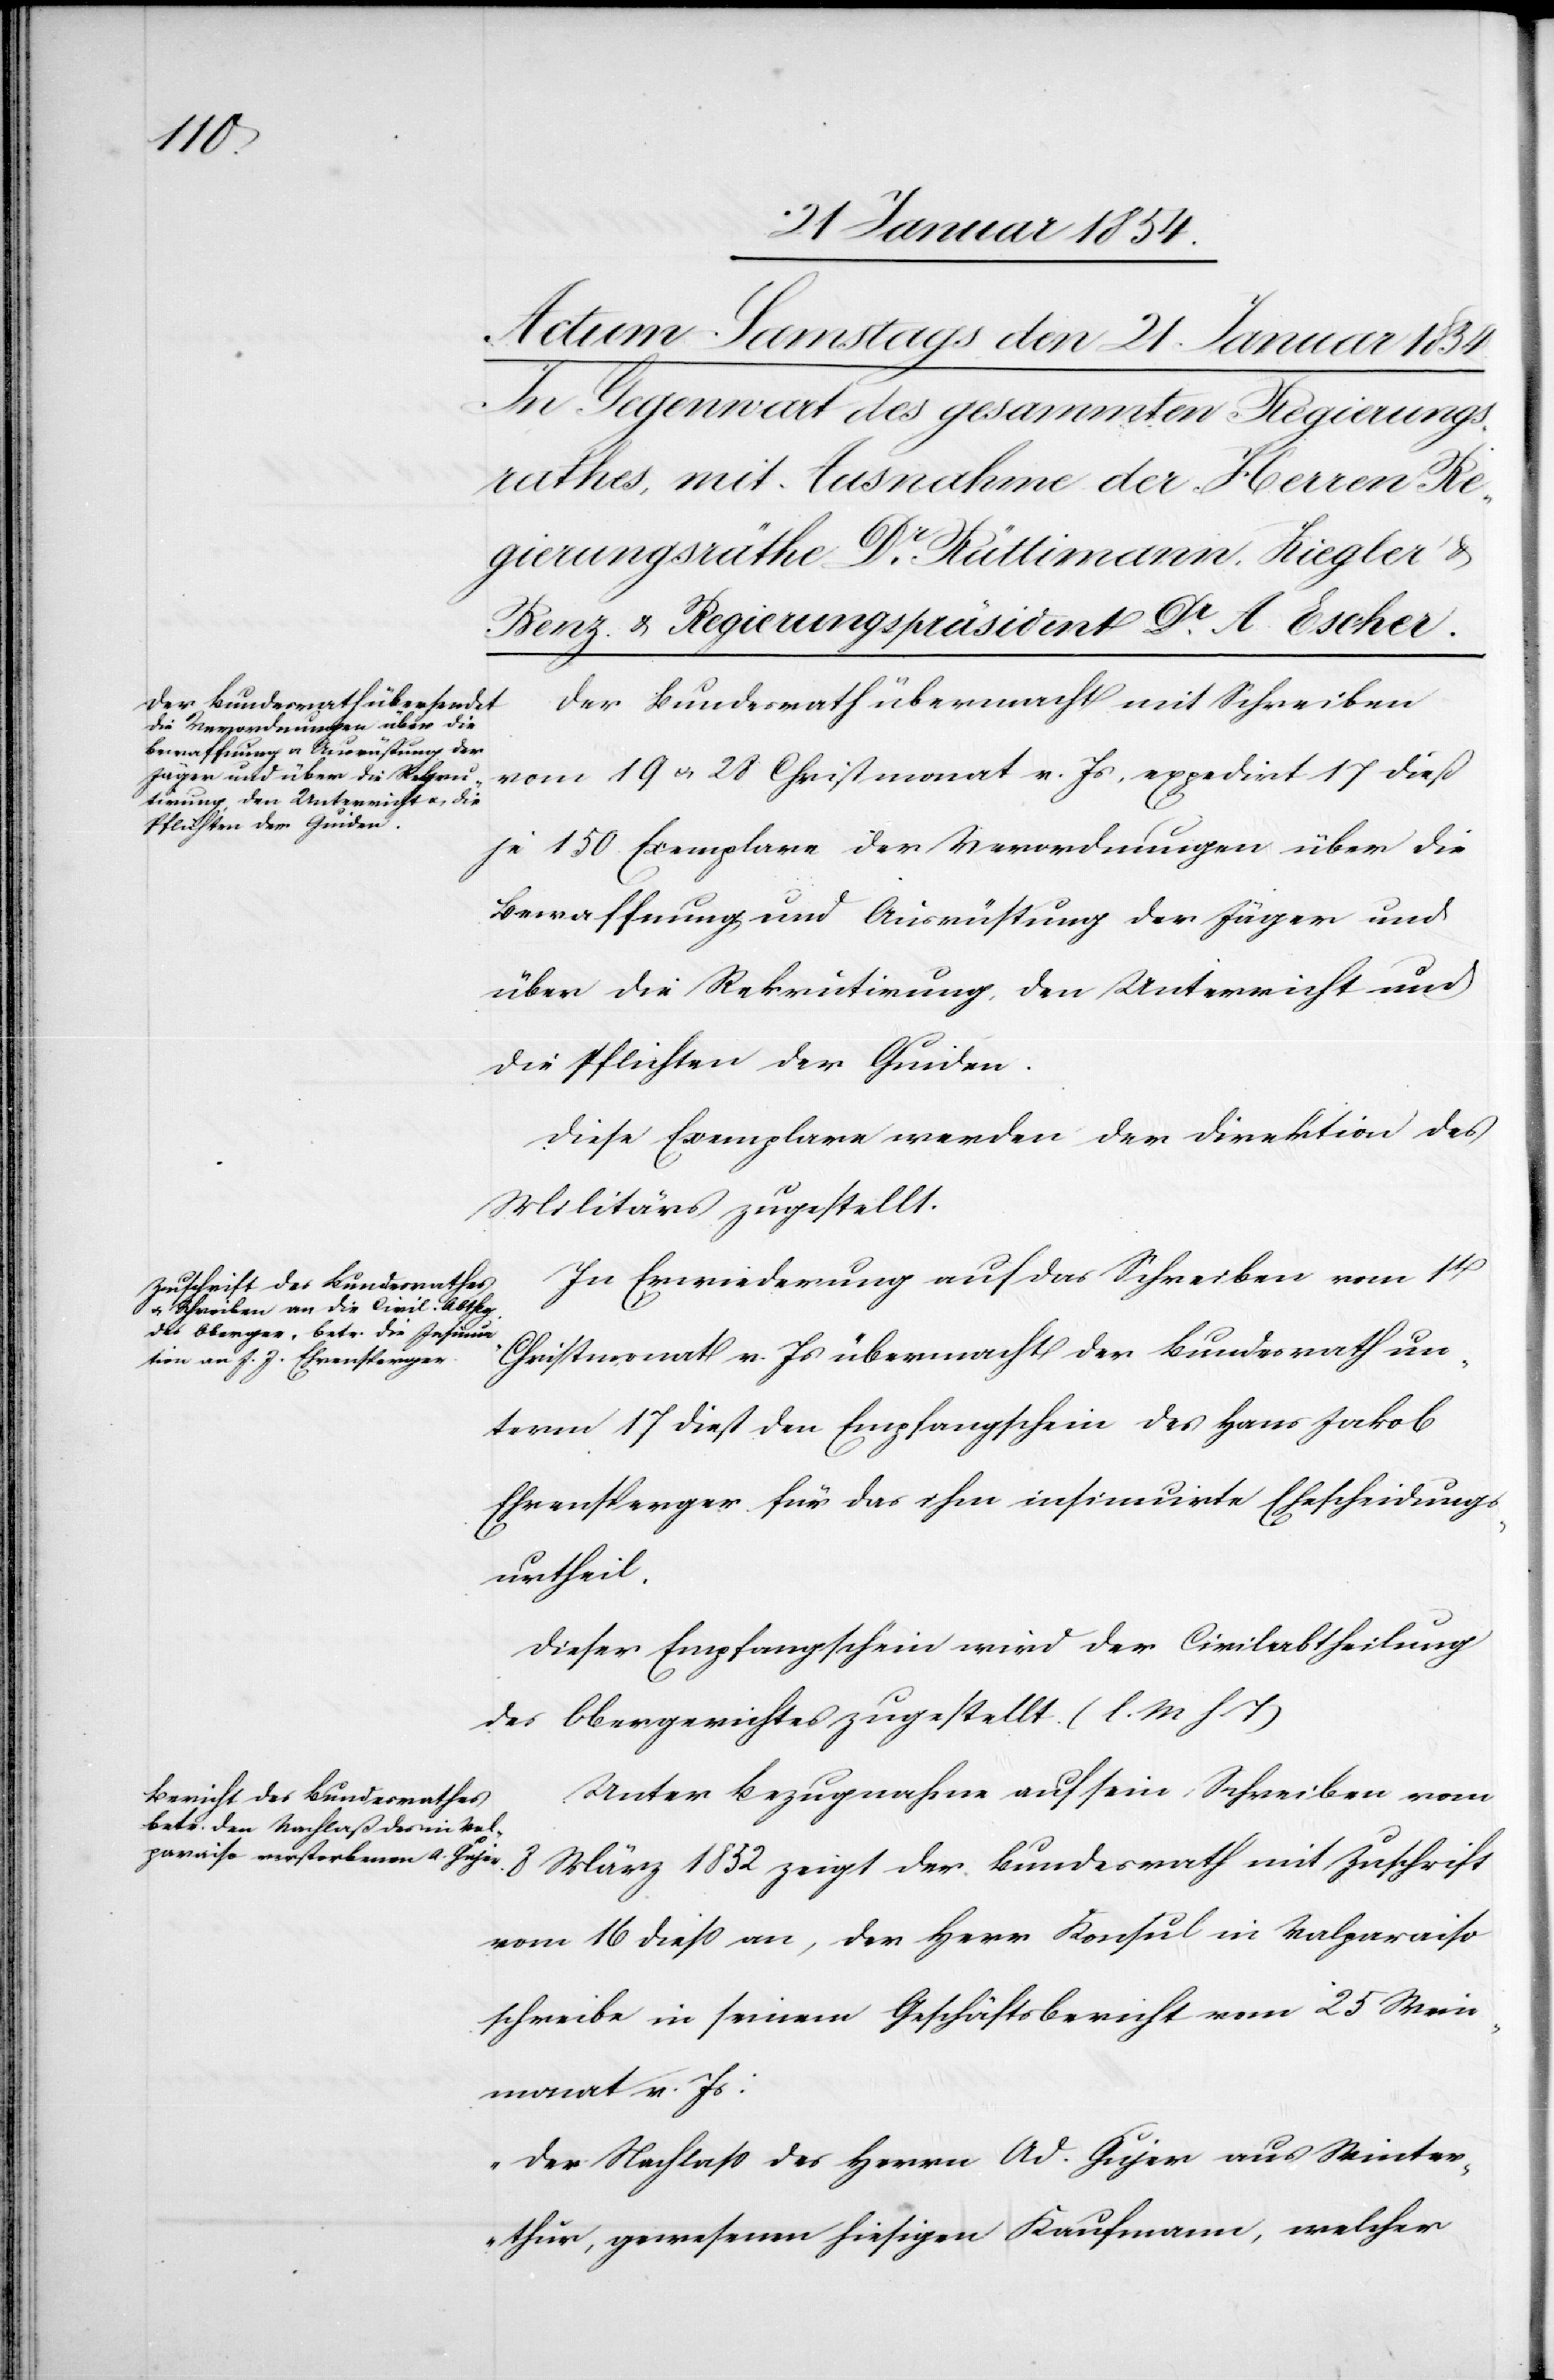
Der Bundesrath übermacht mit Schreiben
vom 19 u. 28 Christmonat v. Js. expedirt 17 dieß
je 150 Exemplare der Verordnungen über die
Bewaffnung und Ausrüstung der Jäger und
über die Rekrutirung, den Unterricht und
die Pflichten der Guiden.
Diese Exemplare werden der Direktion des
Militärs zugestellt.
In Erwiederung auf das Schreiben vom 1t
Christmonat v. Js übermacht der Bundesrath un¬
term 17 dieß den Empfangschein des Hans Jakob
Ehrensperger für das ihm insinuirte Ehescheidungs¬
urtheil.
Dieser Empfangschein wird der Civilabtheilung
des Obergerichtes zugestellt. (l. M. h. T.)
Unter Bezugnahme auf sein Schreiben vom
8 März 1852 zeigt der Bundesrath mit Zuschrift
vom 16 dieß an, der Herr Konsul in Valparaiso
schreibe in seinem Geschäftsbericht vom 25 Wein¬
monat v. Js:
„Der Nachlaß des Herrn Ad. Gujer aus Winter¬
thur, gewesenen hiesigen Kaufmann, welcher